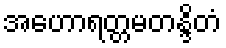
အဟောရတ္တမတန္ဒိတံ